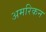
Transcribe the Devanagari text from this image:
अमरिकन